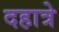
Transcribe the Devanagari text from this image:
दहात्रे